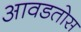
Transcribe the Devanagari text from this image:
आवडतोस